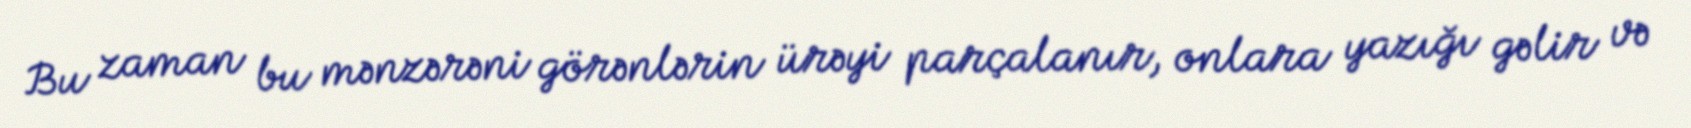
Bu zaman bu mənzərəni görənlərin ürəyi parçalanır, onlara yazığı gəlir və